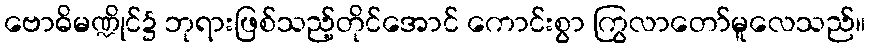
ဗောဓိမဏ္ဍိုင်၌ ဘုရားဖြစ်သည့်တိုင်အောင် ကောင်းစွာ ကြွလာတော်မူလေသည်။